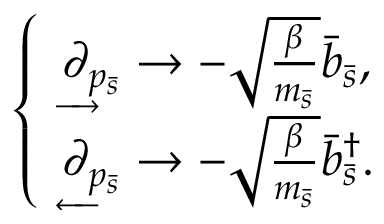
\begin{array} { r } { \left\{ \begin{array} { l l } { \underrightarrow { \partial } _ { p _ { \bar { s } } } \rightarrow - \sqrt { \frac { \beta } { m _ { \bar { s } } } } \bar { b } _ { \bar { s } } , } \\ { \underleftarrow { \partial } _ { p _ { \bar { s } } } \rightarrow - \sqrt { \frac { \beta } { m _ { \bar { s } } } } \bar { b } _ { \bar { s } } ^ { \dagger } . } \end{array} \right. } \end{array}